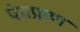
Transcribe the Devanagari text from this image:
पंचप्राण